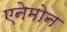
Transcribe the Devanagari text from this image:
एनेमोन